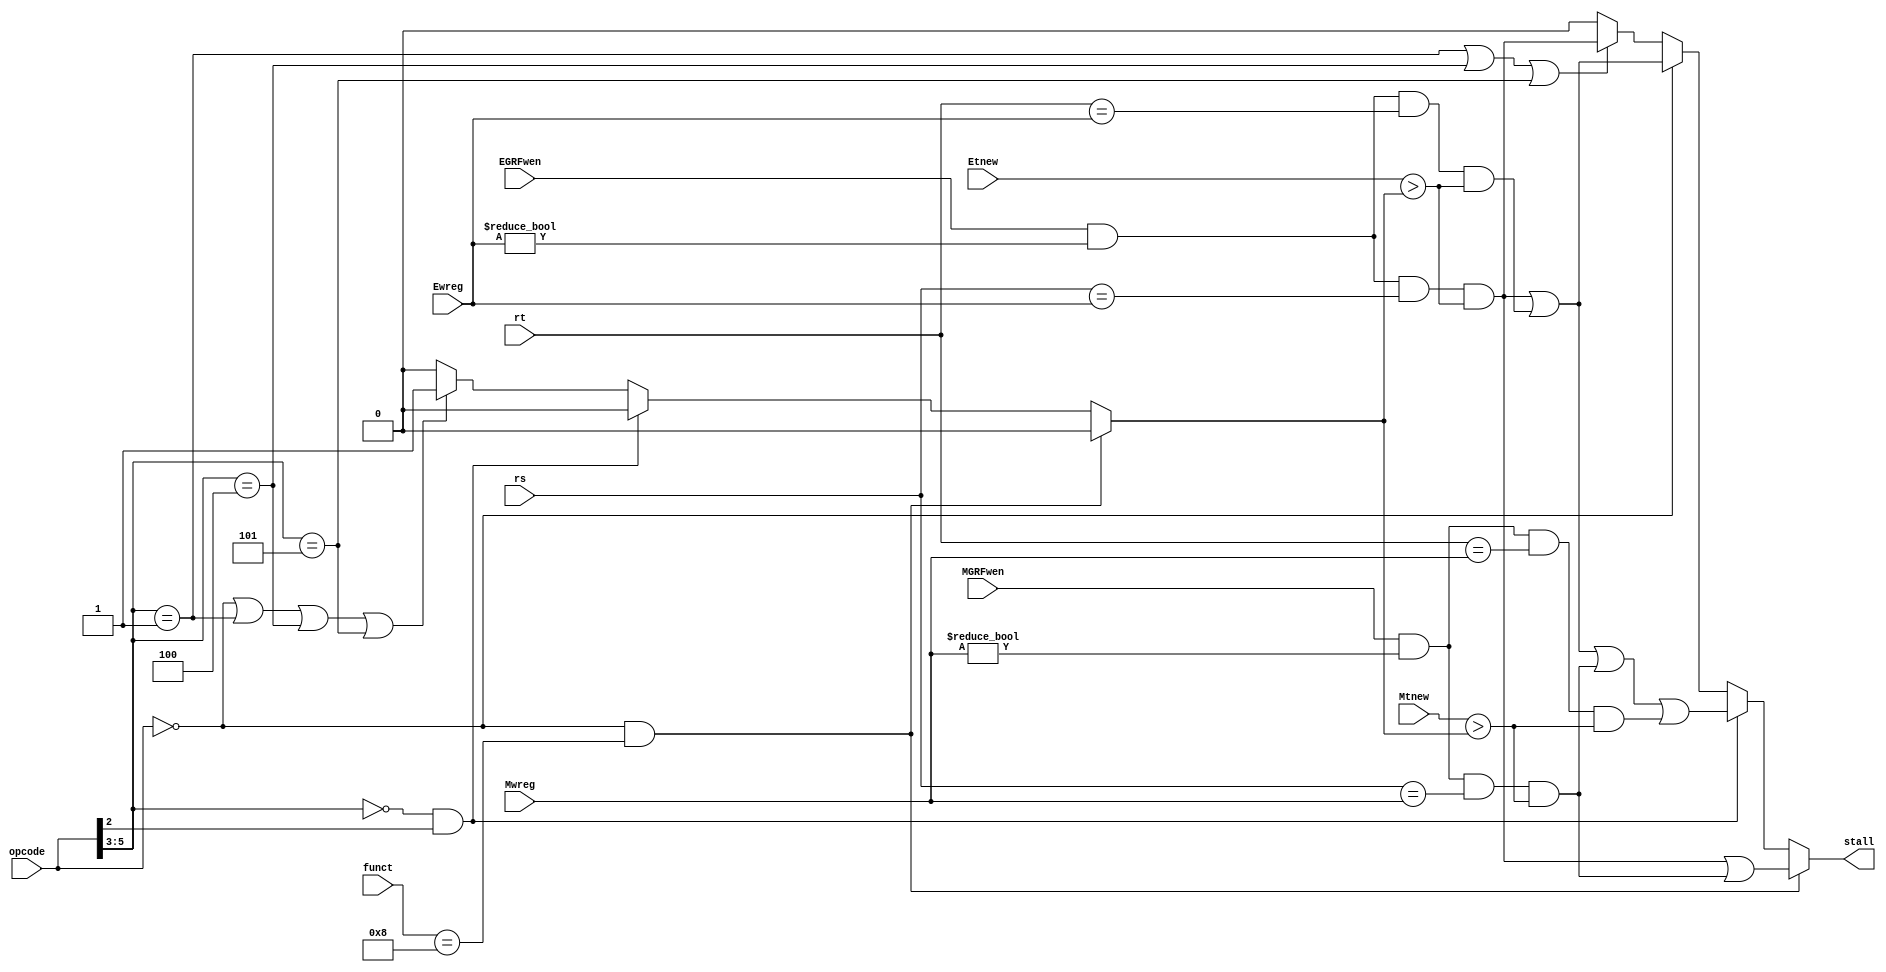
`timescale 1ns / 1ps

module stlctl (
    input [5:0] opcode,
    input [5:0] funct,
    input [4:0] rs,
    input [4:0] rt,

    input EGRFwen,
    input [4:0] Ewreg,
    input [1:0] Etnew,

    input MGRFwen,
    input [4:0] Mwreg,
    input [1:0] Mtnew,

    output stall
);


// Wires for instruction classes:
wire    Rtype  = (opcode == 6'o00),
        Jump   = (opcode == 6'o02) | (opcode == 6'o03),
        Bran   = (opcode[5:3] == 0) & (opcode[2] == 1),
    Imm    = (opcode[5:3] == 1),
    Load   = (opcode[5:3] == 4), 
    Store  = (opcode[5:3] == 5);
// Wires for special single instructions
wire
    JR     = Rtype & (funct == 6'o10),

    ORI    = (opcode == 6'o15),
    LUI    = (opcode == 6'o17),

    JAL    = (opcode == 6'o03);

// Generate tUse(current instr at D stage)
wire [1:0] tUse =
    (JR)                          ? 0 :

    (Bran)                        ? 0 :
    (Rtype | Imm | Load | Store)  ? 1 :
    (Jump)                        ? 0 :
    0;  // udf

// Judging stall: forwarding relation && need a stall
wire stlHit_rs_E =
    EGRFwen && Ewreg != 0  // E/M-instr writes a non-zero register in GRF and
    && rs == Ewreg         // D-instr's READING_REG == E/M-instr's WRITING_REG and
    && Etnew > tUse;       // value can't get ready without stalling.
wire stlHit_rt_E =
    EGRFwen && Ewreg != 0
    && rt == Ewreg
    && Etnew > tUse;
wire stlHit_rs_M =
    MGRFwen && Mwreg != 0
    && rs == Mwreg
    && Mtnew > tUse;
wire stlHit_rt_M =
    MGRFwen && Mwreg != 0
    && rt == Mwreg
    && Mtnew > tUse;

// Generate stall:
assign stall =
    (JR)                    ? (stlHit_rs_E | stlHit_rs_M) :

    (Bran)                  ? (stlHit_rs_E | stlHit_rt_E | stlHit_rs_M | stlHit_rt_M) :
    (Rtype)                 ? (stlHit_rs_E | stlHit_rt_E) :
    (Imm | Load | Store)    ? stlHit_rs_E :

    0;  // udf


endmodule